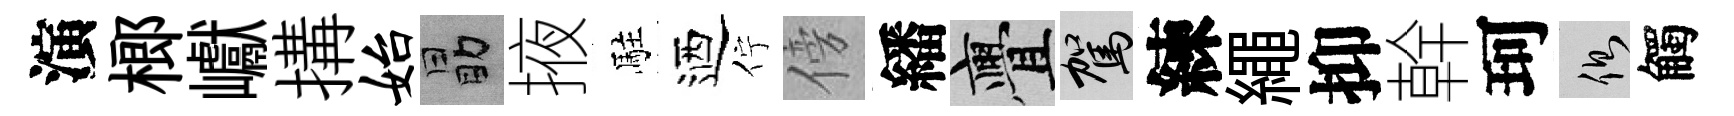
演榔巘搆始勗掖駐迺佇傍繙亹駕練繩抑幹珂側觸